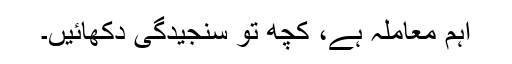
اہم معاملہ ہے، کچھ تو سنجیدگی دکھائیں۔